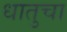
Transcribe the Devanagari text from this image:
धातुचा